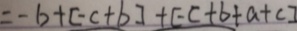
= - b + [ - c + b ] + [ - c + b + a + c ]